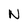
Character: N